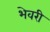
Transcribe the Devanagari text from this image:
भेवरी